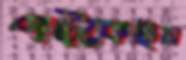
পট্‌কেছিস